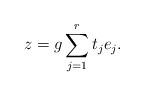
LaTeX: \begin{align*}z = g \sum_{j=1}^{r} t_j e_j.\end{align*}